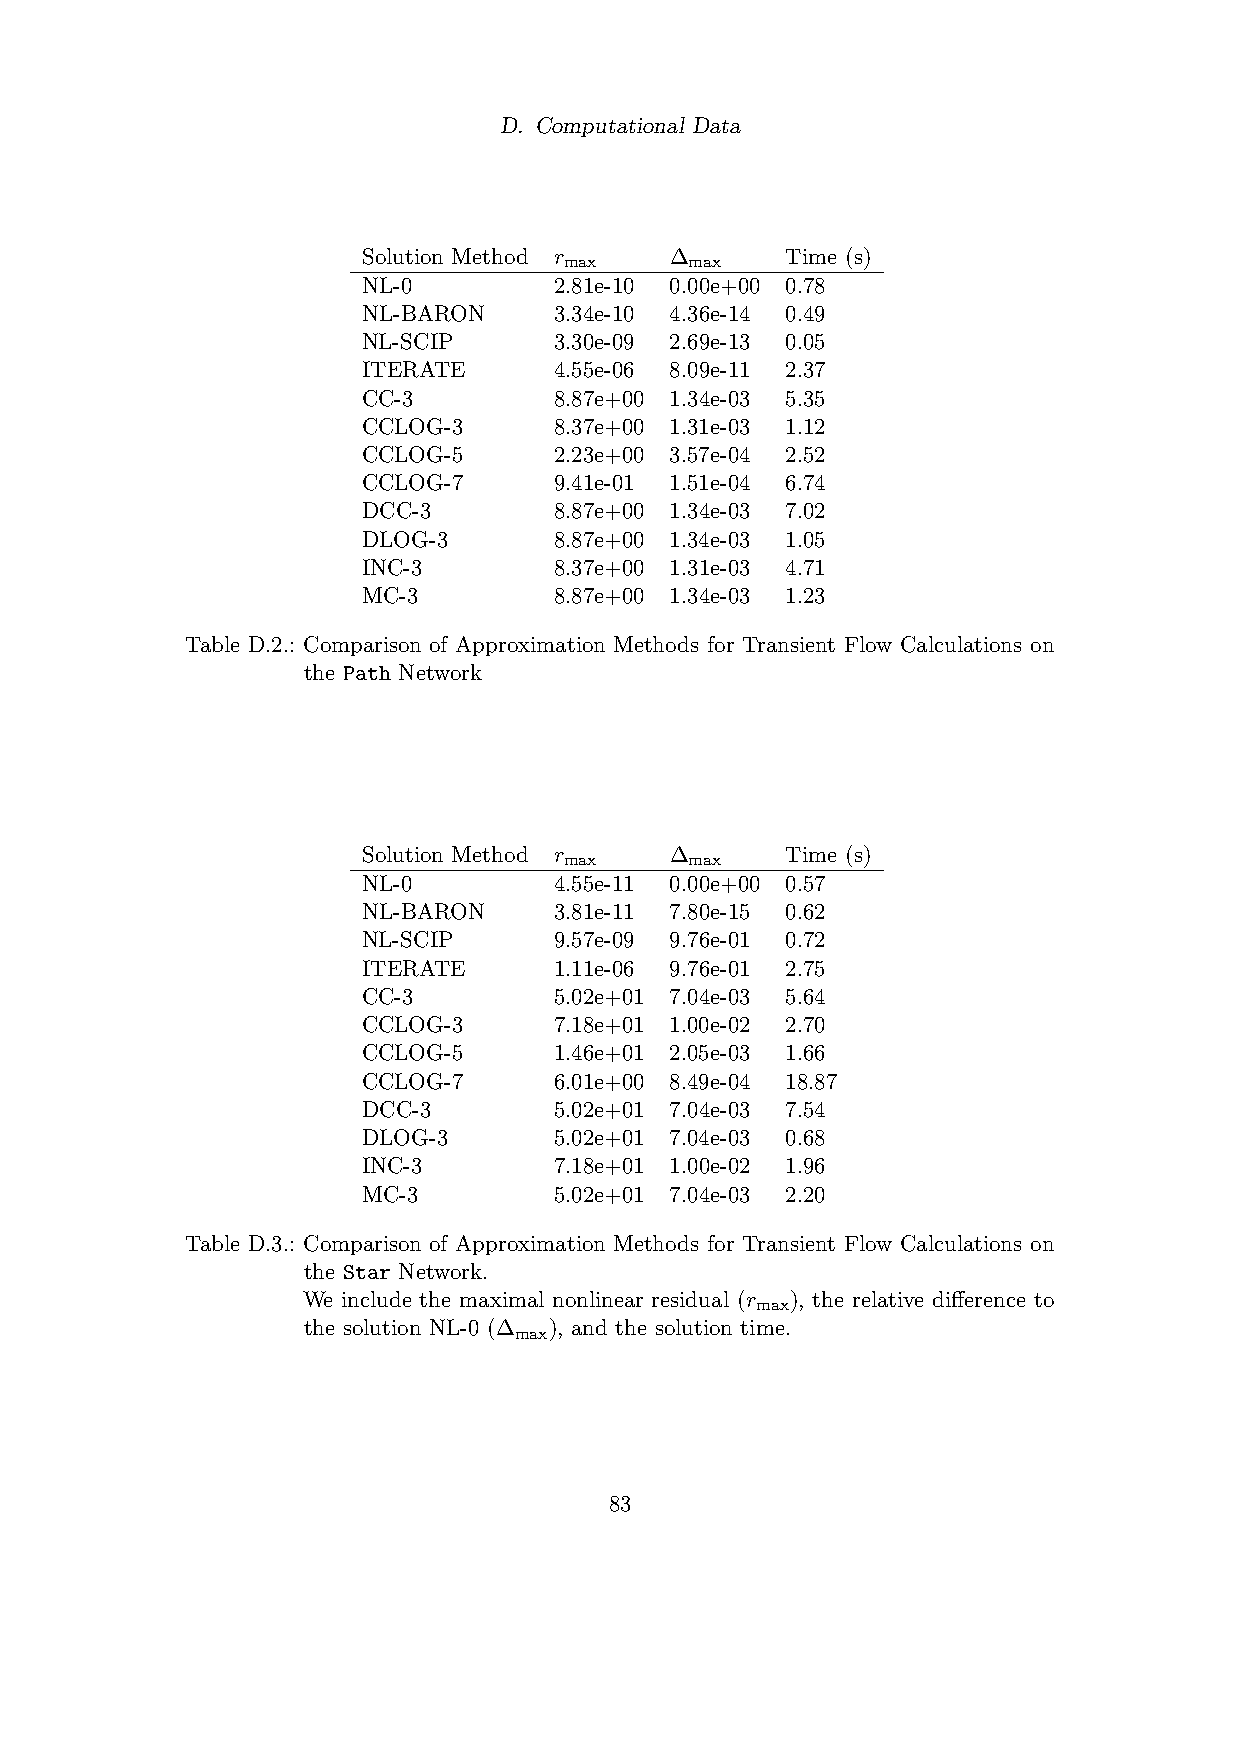
D. Computational Data
 Solution Method r   ∆       Time (s)
 max      max
 NL-0         2.81e-10 0.00e+00 0.78
 NL-BARON     3.34e-10 4.36e-14 0.49
 NL-SCIP      3.30e-09 2.69e-13 0.05
 ITERATE      4.55e-06 8.09e-11 2.37
 CC-3         8.87e+00 1.34e-03 5.35
 CCLOG-3      8.37e+00 1.31e-03 1.12
 CCLOG-5      2.23e+00 3.57e-04 2.52
 CCLOG-7      9.41e-01 1.51e-04 6.74
 DCC-3        8.87e+00 1.34e-03 7.02
 DLOG-3       8.87e+00 1.34e-03 1.05
 INC-3        8.37e+00 1.31e-03 4.71
 MC-3         8.87e+00 1.34e-03 1.23
 Table D.2.: Comparison of Approximation Methods for Transient Flow Calculations on
 the Path Network
 Solution Method r   ∆       Time (s)
 max      max
 NL-0         4.55e-11 0.00e+00 0.57
 NL-BARON     3.81e-11 7.80e-15 0.62
 NL-SCIP      9.57e-09 9.76e-01 0.72
 ITERATE      1.11e-06 9.76e-01 2.75
 CC-3         5.02e+01 7.04e-03 5.64
 CCLOG-3      7.18e+01 1.00e-02 2.70
 CCLOG-5      1.46e+01 2.05e-03 1.66
 CCLOG-7      6.01e+00 8.49e-04 18.87
 DCC-3        5.02e+01 7.04e-03 7.54
 DLOG-3       5.02e+01 7.04e-03 0.68
 INC-3        7.18e+01 1.00e-02 1.96
 MC-3         5.02e+01 7.04e-03 2.20
 Table D.3.: Comparison of Approximation Methods for Transient Flow Calculations on
 the Star Network.
 We include the maximal nonlinear residual (r ), the relative difference to
 max
 the solution NL-0 (∆ ), and the solution time.
 max
 83